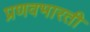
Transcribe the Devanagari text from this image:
प्रणवभारती